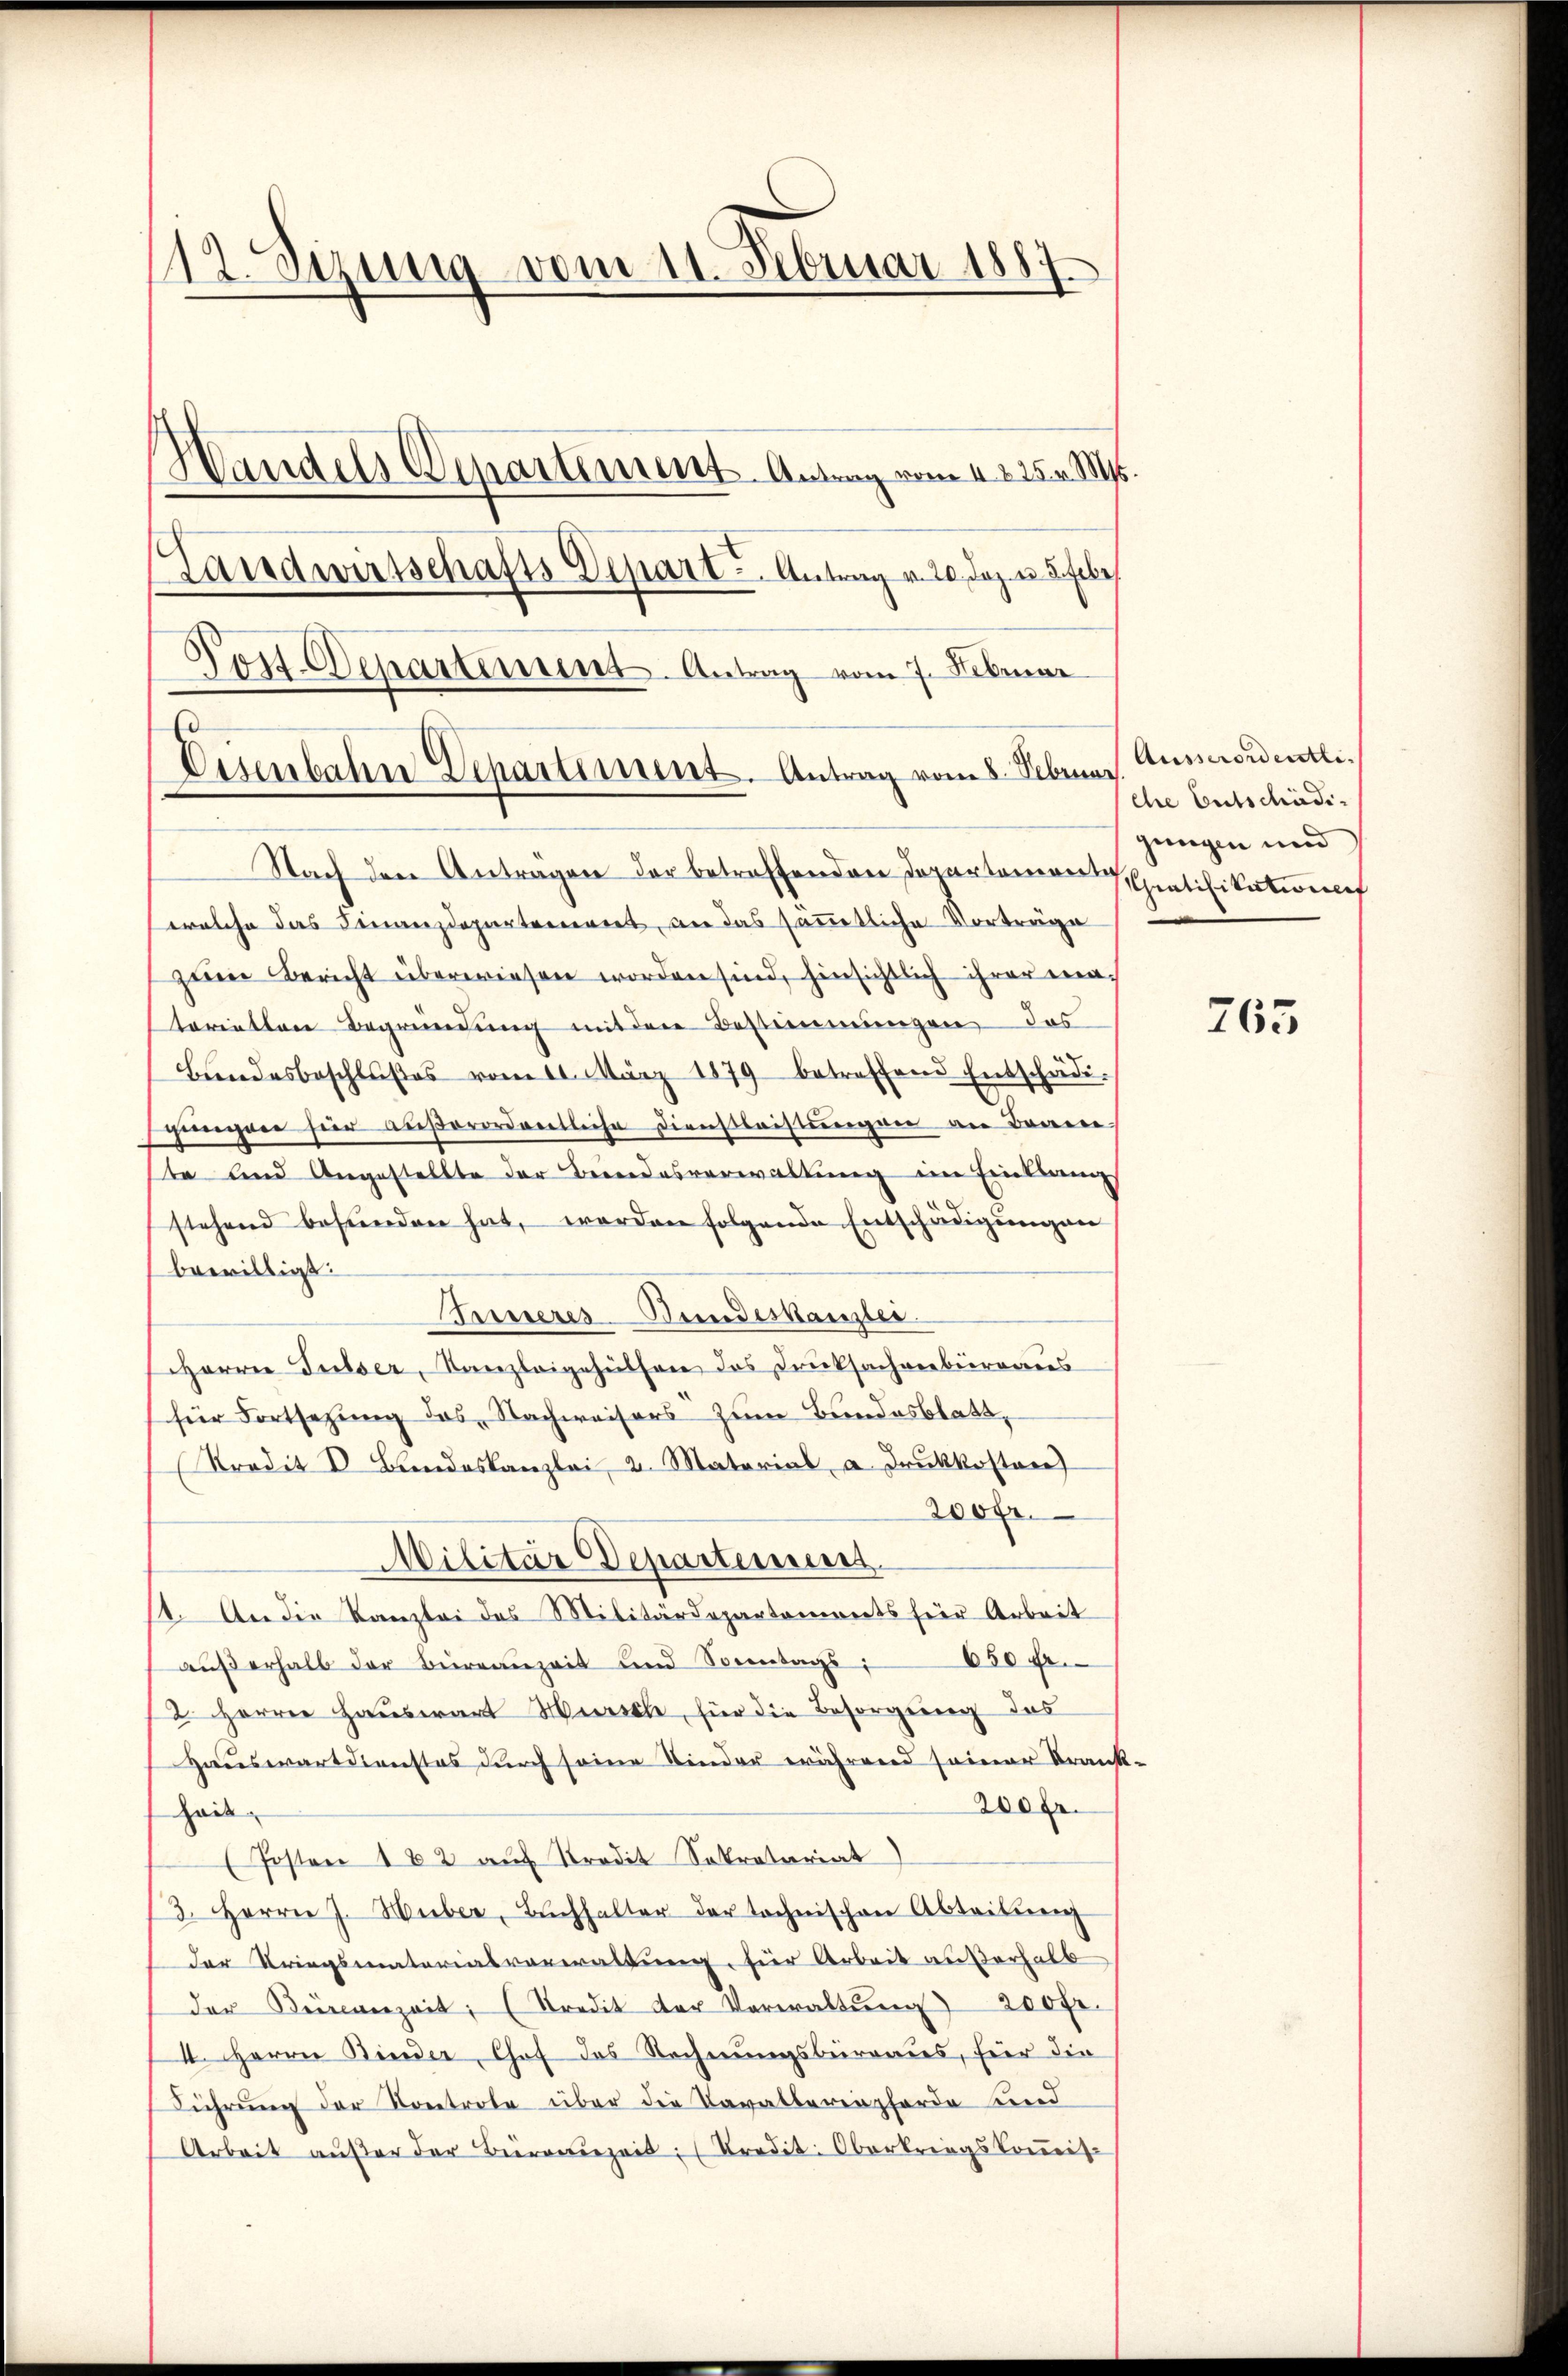
112. Sezung vom 11. Februar 1887
Handels Departement. Antrag vom 4. 225. M
Landwirtschafts Schart - Antrag v. 20. Jaz. v. 5. Febr

Nach den Antragen der betreffenden Dopartonien Gratifikatione
welche das Finanzdepartement, an das sämmtliche Vorträge
zum Bericht überwiesen worden sind, hinsichtlich ihrer materietten Begründung mit der Bestimmungen das
Bŭndesbeschlŭβes vom 10. März 1879 betreffend Entschädi-
gegner hier aŭβerordentliche Dienstleistŭngen an Bogen.
ste und Angestellte der Beendesverwaltung im Einklangs
stehend befunden hat, werden folgende Entschädigungen
bewilligt:
Aresseres Bundeskanzler.
Herren Fulser, Kanzleigehülfen des Drucksachverberamtes
für Fortsezung des Nachweisers zum Bundesblatt,
Predit V. Bandeskanzlei, 2. Material, a. Druckkosten)
200fr.
Militär Departeines
11. An die Kanzlei des Militärdepartonierts für Arbeit
650 Fr.
außerhalb der Bureauzeit und Sonntags;
2. Herren Hauswart Hursch, für die Besorgung das
Hauswartdienstes durch seine Kinder während seiner Krank.
200 fr.
hais
Posten 182 auf Stradit Sekretariat
3. Herrn J. Huber, Buchhalter der tochnischen Abteilŭng
der Kriegsmateriasverwaltung für Arbeit außerhalb
der Beinanzeit; (Kredit der Verwaltŭng 200 Fr.
4. Herrn Binder, Chof das Rechnungsberaus, für die
Führung der Kontrole über die Tavalleringförde und
Arbeit aŭβer der Bürgerzeit: (Tradit. Oberkriegskoṁis-

Post Departement. Antrag vom 7. Februar
Eisenbahn Departement. Antrag vom 8. Februar

Ausserordentli
che Entschädijungen und

765